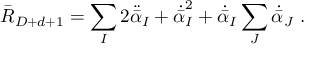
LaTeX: \bar { R } _ { D + d + 1 } = \sum _ { I } 2 \ddot { \bar { \alpha } } _ { I } + \dot { \bar { \alpha } } _ { I } ^ { 2 } + \dot { \bar { \alpha } } _ { I } \sum _ { J } \dot { \bar { \alpha } } _ { J } \ .